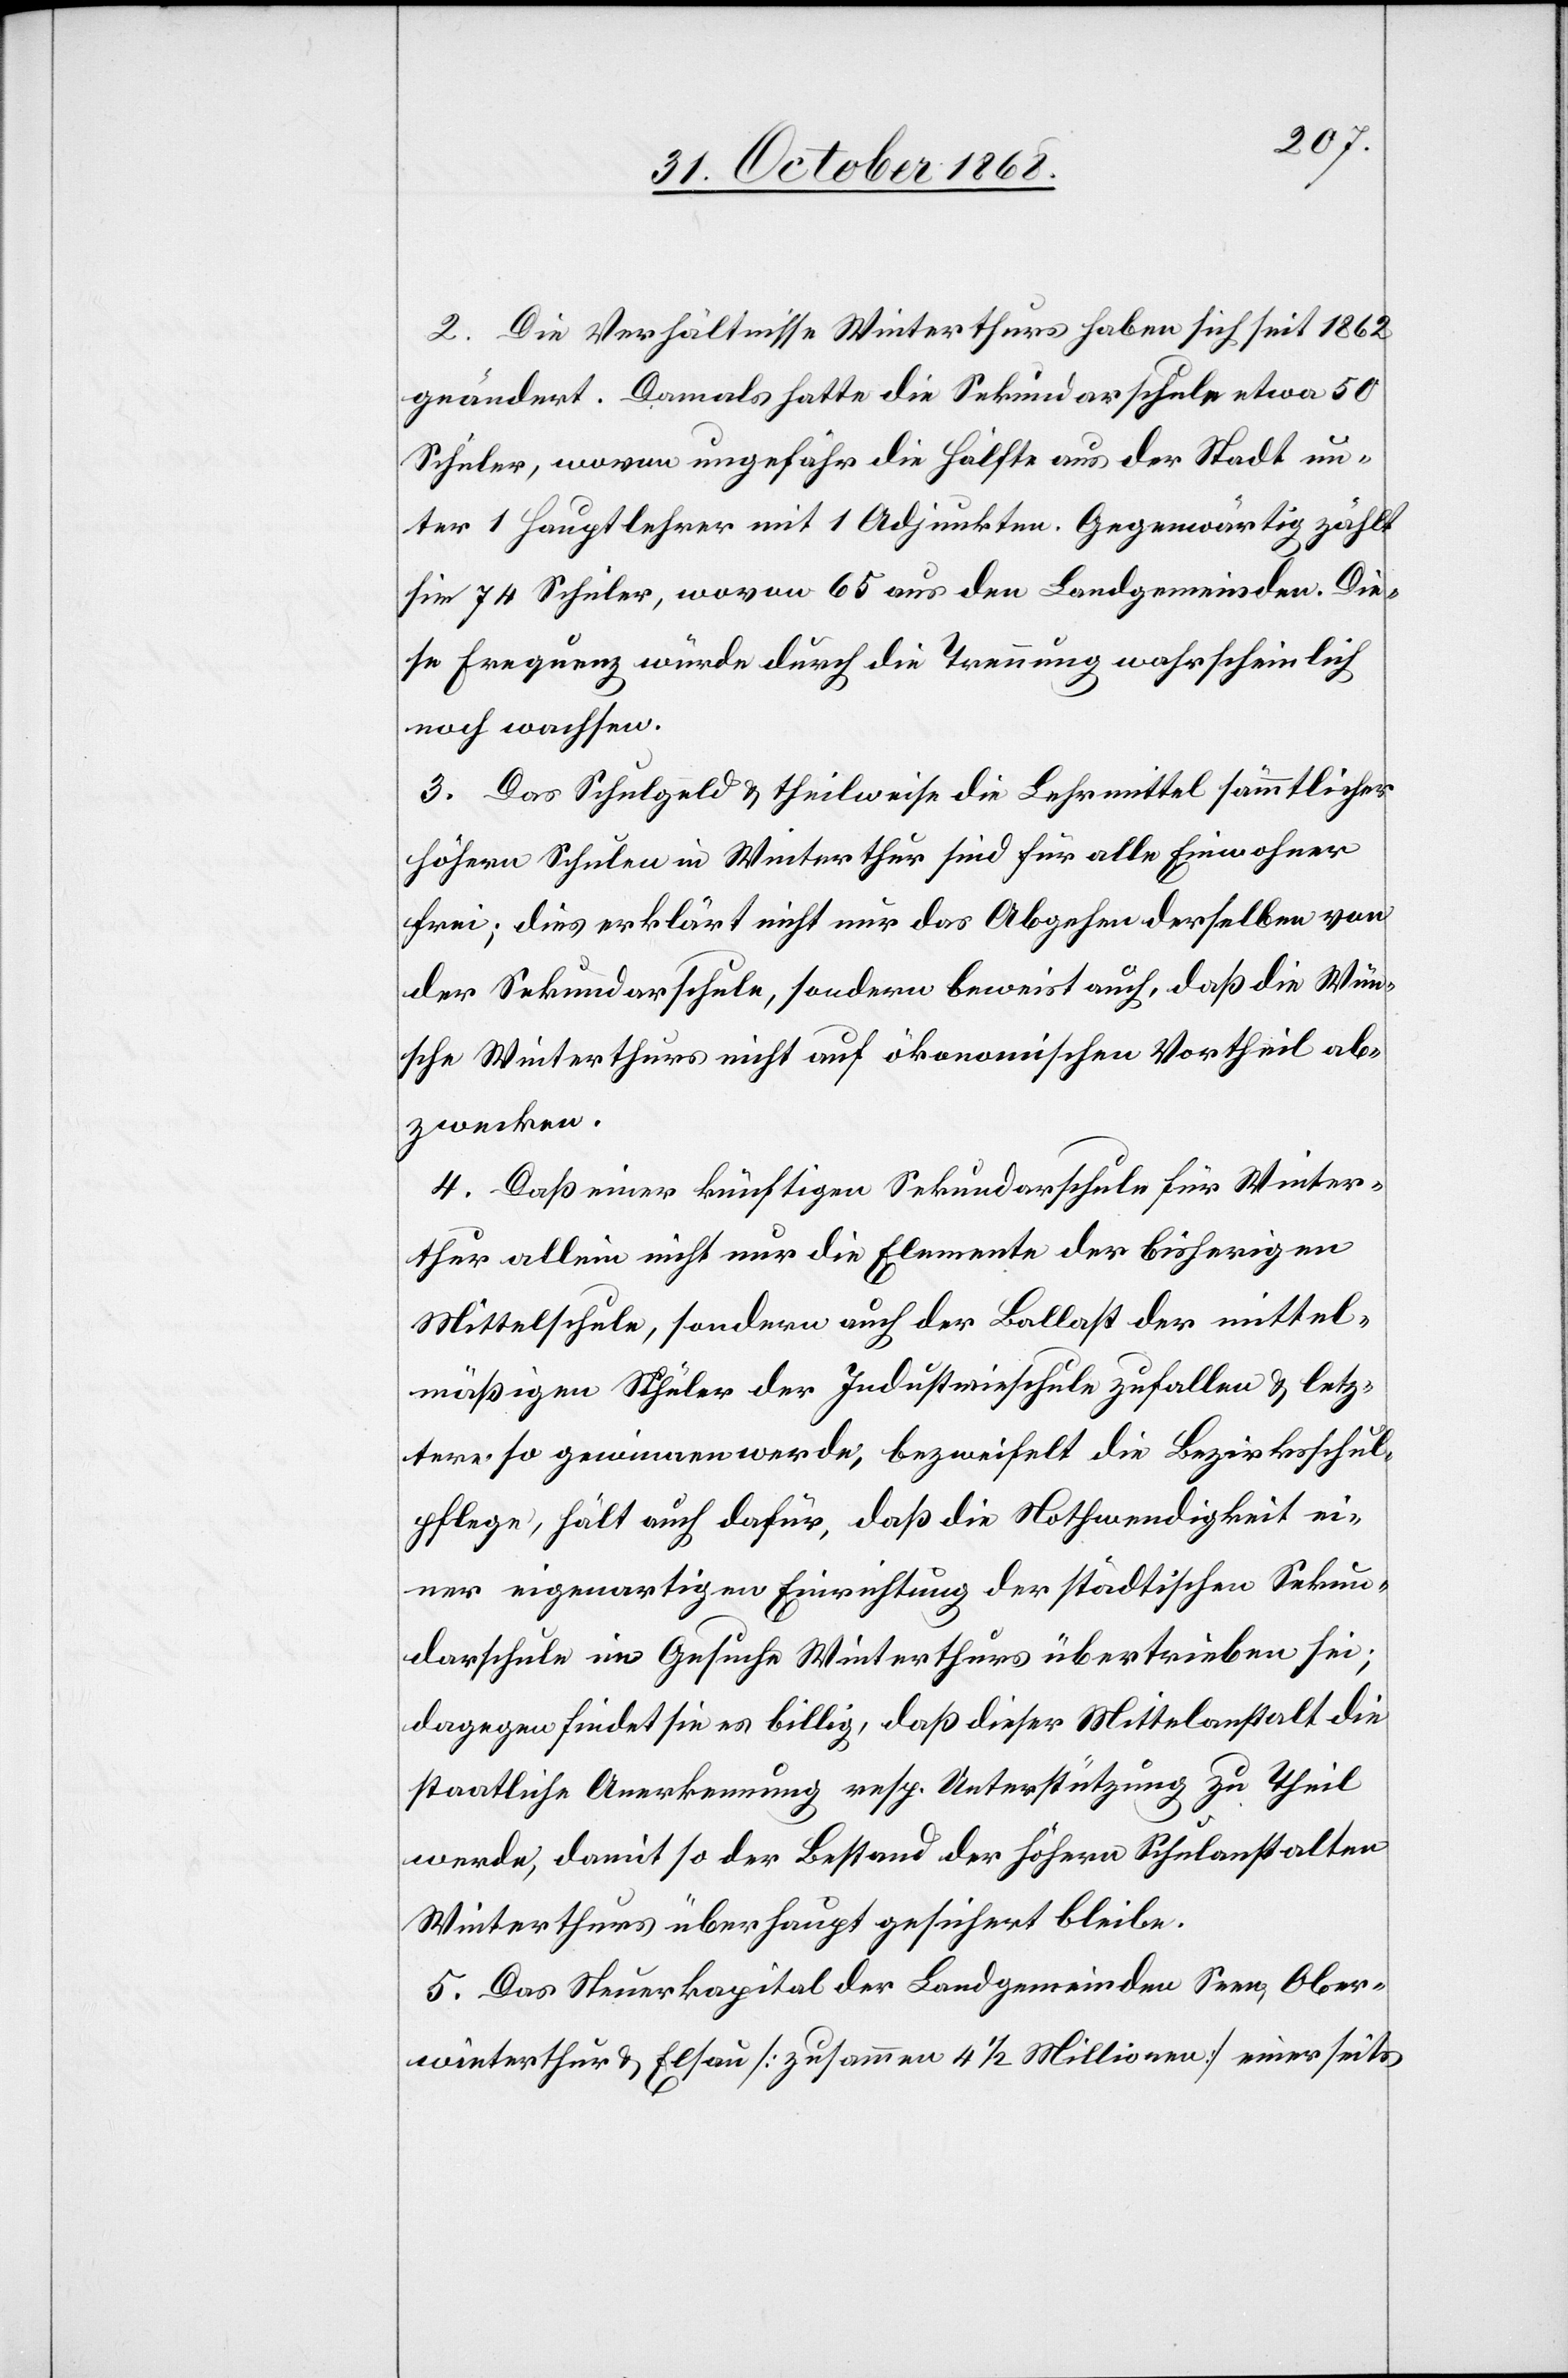
2. Die Verhältnisse Winterthurs haben sich seit 1862
geändert. Damals hatte die Sekundarschule etwa 50
Schüler, wovon ungefähr die Hälfte aus der Stadt un¬
ter 1 Hauptlehrer mit 1 Adjunkten. Gegenwärtig zählt
sie 74 Schüler, wovon 65 aus den Landgemeinden. Die¬
se Frequenz würde durch die Trennung wahrscheinlich
noch wachsen.
3. Das Schulgeld & theilweise die Lehrmittel sämmtlicher
höhern Schulen in Winterthur sind für alle Einwohner
frei; dies erklärt nicht nur das Abgehen derselben von
der Sekundarschule, sondern beweist auch, daß die Wün¬
sche Winterthurs nicht auf ökonomischen Vortheil ab¬
zwecken.
4. Daß einer künftigen Sekundarschule für Winter¬
thur allein nicht nur die Elemente der bisherigen
Mittelschule, sondern auch der Ballast der mittel¬
mäßigen Schüler der Industrieschule zufallen & letz¬
tere so gewinnen werde, bezweifelt die Bezirksschul¬
pflege, hält auch dafür, daß die Nothwendigkeit ei¬
ner eigenartigen Einrichtung der städtischen Sekun¬
darschule im Gesuche Winterthurs übertrieben sei;
dagegen findet sie es billig, daß dieser Mittelanstalt die
staatliche Anerkennung resp. Unterstützung zu Theil
werde, damit so der Bestand der höhern Schulanstalten
Winterthurs überhaupt gesichert bleibe.
5. Das Steuerkapital der Landgemeinden Seen, Ober¬
winterthur & Elsau [zusammen 4 1/2 Millionen] einerseits